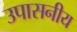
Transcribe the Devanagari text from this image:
उपासनीय